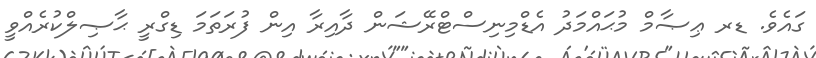
ގައެވެ. ޑރ ޢިޞާމް މުޙައްމަދު އެޑްމިނިސްޓްރޭޝަން ދާއިރާ އިން ފުރަތަމަ ޑިގްރީ ޙާޞިލްކުރެއްވީ